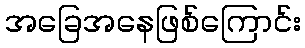
အခြေအနေဖြစ်ကြောင်း